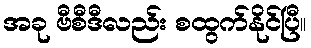
အခု ဗီစီဒီလည်း စထွက်နိုင်ပြီ။